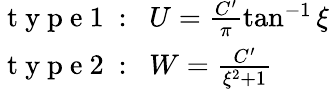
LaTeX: \begin{array}{l}{\mathrm{~t~y~p~e~1~:~}\; U=\frac{C^{\prime}}{\pi}\tan^{-1}\xi}\\ {\mathrm{~t~y~p~e~2~:~}\; W=\frac{C^{\prime}}{\xi^{2}+1}}\end{array}